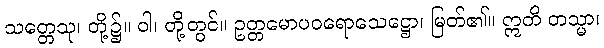
သတ္တေသု၊ တို့၌။ ဝါ၊ တို့တွင်။ ဥတ္တမောပဝရောသေဋ္ဌော၊ မြတ်၏။ ဣတိ တသ္မာ၊